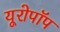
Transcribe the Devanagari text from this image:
यूरोपॉप